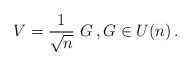
\begin{align*} V= \frac{1}{\sqrt{n}}\ G \,, G \in U(n) \,.\end{align*}